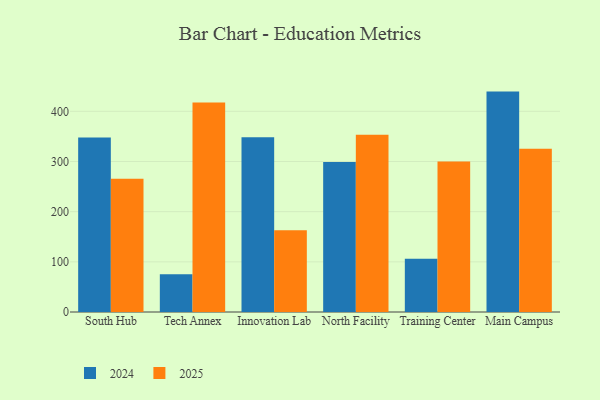
{"axis": {"x": "Campus", "y": "Headcount"}, "legend": ["2024", "2025"], "data": [{"x": "South Hub", "y": 347.8, "type": "2024"}, {"x": "South Hub", "y": 265.6, "type": "2025"}, {"x": "Tech Annex", "y": 75.0, "type": "2024"}, {"x": "Tech Annex", "y": 417.5, "type": "2025"}, {"x": "Innovation Lab", "y": 348.1, "type": "2024"}, {"x": "Innovation Lab", "y": 163.0, "type": "2025"}, {"x": "North Facility", "y": 299.1, "type": "2024"}, {"x": "North Facility", "y": 353.1, "type": "2025"}, {"x": "Training Center", "y": 106.3, "type": "2024"}, {"x": "Training Center", "y": 300.0, "type": "2025"}, {"x": "Main Campus", "y": 439.3, "type": "2024"}, {"x": "Main Campus", "y": 325.2, "type": "2025"}]}